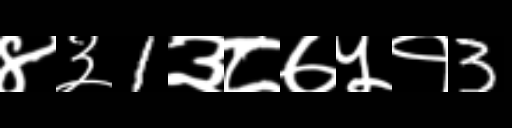
Text: ४३1३८७५१3